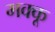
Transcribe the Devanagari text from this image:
मक्‍कू